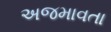
અજમાવતા